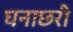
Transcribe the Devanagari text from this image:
घनाछरी